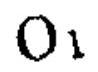
$O_1$